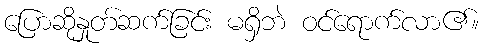
ပြောဆိုနှုတ်ဆက်ခြင်း မရှိဘဲ ဝင်ရောက်လာ၏။